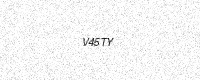
Text: V45TY